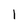
Character: 1